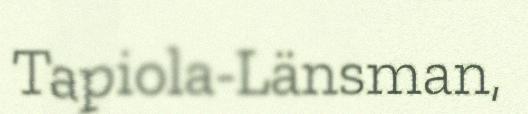
Tapiola-Länsman,